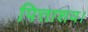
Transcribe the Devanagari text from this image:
पित्ताशय।